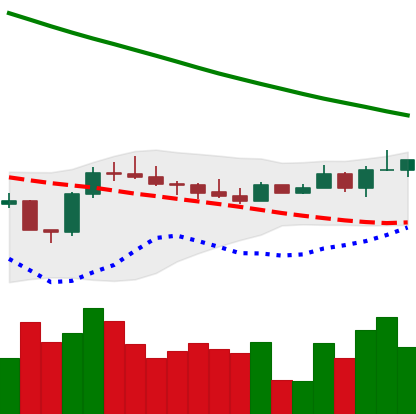
Ticker: BTC-USD
Chart end date: 2022-08-12
Forward return: -4.372%
Label: down_3_5